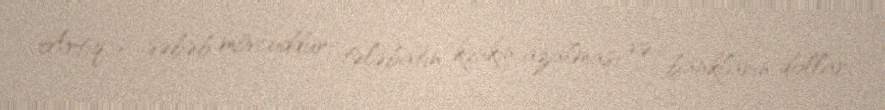
Artıq 2 səbəb mövcuddur: tələbatın kəskin azalması və bankların dollar